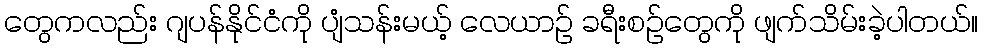
တွေကလည်း ဂျပန်နိုင်ငံကို ပျံသန်းမယ့် လေယာဉ် ခရီးစဉ်တွေကို ဖျက်သိမ်းခဲ့ပါတယ်။